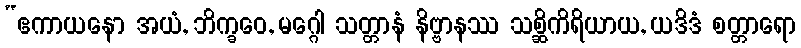
“ဧကာယနော အယံ, ဘိက္ခဝေ, မဂ္ဂေါ သတ္တာနံ နိဗ္ဗာနဿ သစ္ဆိကိရိယာယ, ယဒိဒံ စတ္တာရော